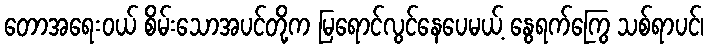
တောအရေးဝယ် စိမ်းသောအပင်တို့က မြရောင်လွင်နေပေမယ့် နွေရက်ကြွေ သစ်ရာပင်၊